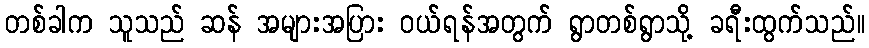
တစ်ခါက သူသည် ဆန် အများအပြား ဝယ်ရန်အတွက် ရွာတစ်ရွာသို့ ခရီးထွက်သည်။